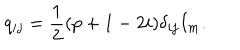
LaTeX: q _ { i j } = \frac { 1 } { 2 } ( p + 1 - 2 i ) \delta _ { i j } I _ { m } .